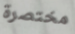
مختصرة